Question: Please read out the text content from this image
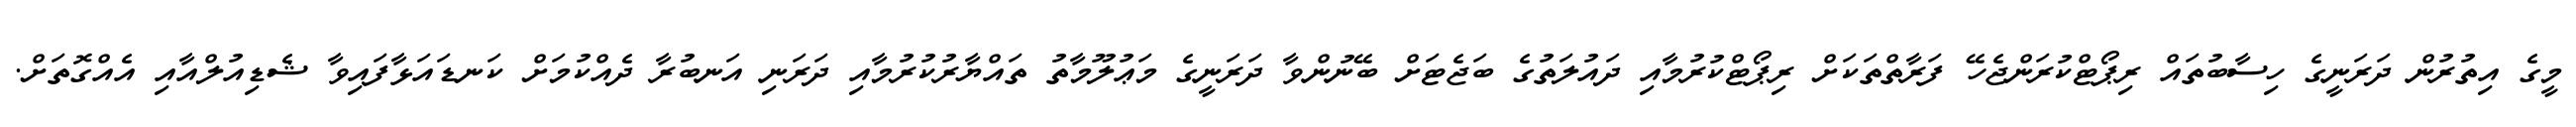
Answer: މީގެ އިތުރުން ދަރަނީގެ ހިސާބުތައް ރިޕޯޓްކުރަންޖެހޭ ފަރާތްތަކަށް ރިޕޯޓްކުރުމާއި ދައުލަތުގެ ބަޖެޓަށް ބޭނުންވާ ދަރަނީގެ މަޢުލޫމާތު ތައްޔާރުކުރުމާއި ދަރަނި އަނބުރާ ދެއްކުމަށް ކަނޑައަޅާފައިވާ ޝެޑިއުލްއާއި އެއްގޮތަށް.